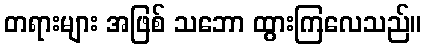
တရားများ အဖြစ် သဘော ထွားကြလေသည်။